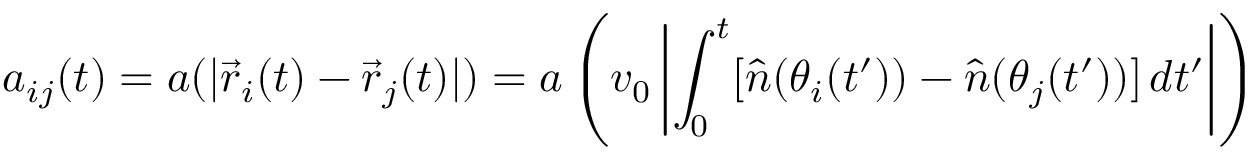
a _ { i j } ( t ) = a ( | \vec { r } _ { i } ( t ) - \vec { r } _ { j } ( t ) | ) = a \left( v _ { 0 } \left| \int _ { 0 } ^ { t } [ \hat { n } ( \theta _ { i } ( t ^ { \prime } ) ) - \hat { n } ( \theta _ { j } ( t ^ { \prime } ) ) ] \, d t ^ { \prime } \right| \right)